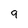
Character: 9